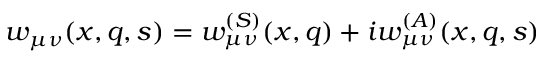
w _ { \mu \nu } ( x , q , s ) = w _ { \mu \nu } ^ { ( S ) } ( x , q ) + i w _ { \mu \nu } ^ { ( A ) } ( x , q , s )